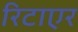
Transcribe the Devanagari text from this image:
रिटाएर